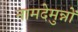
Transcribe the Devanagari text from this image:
नामदेमुन्नों